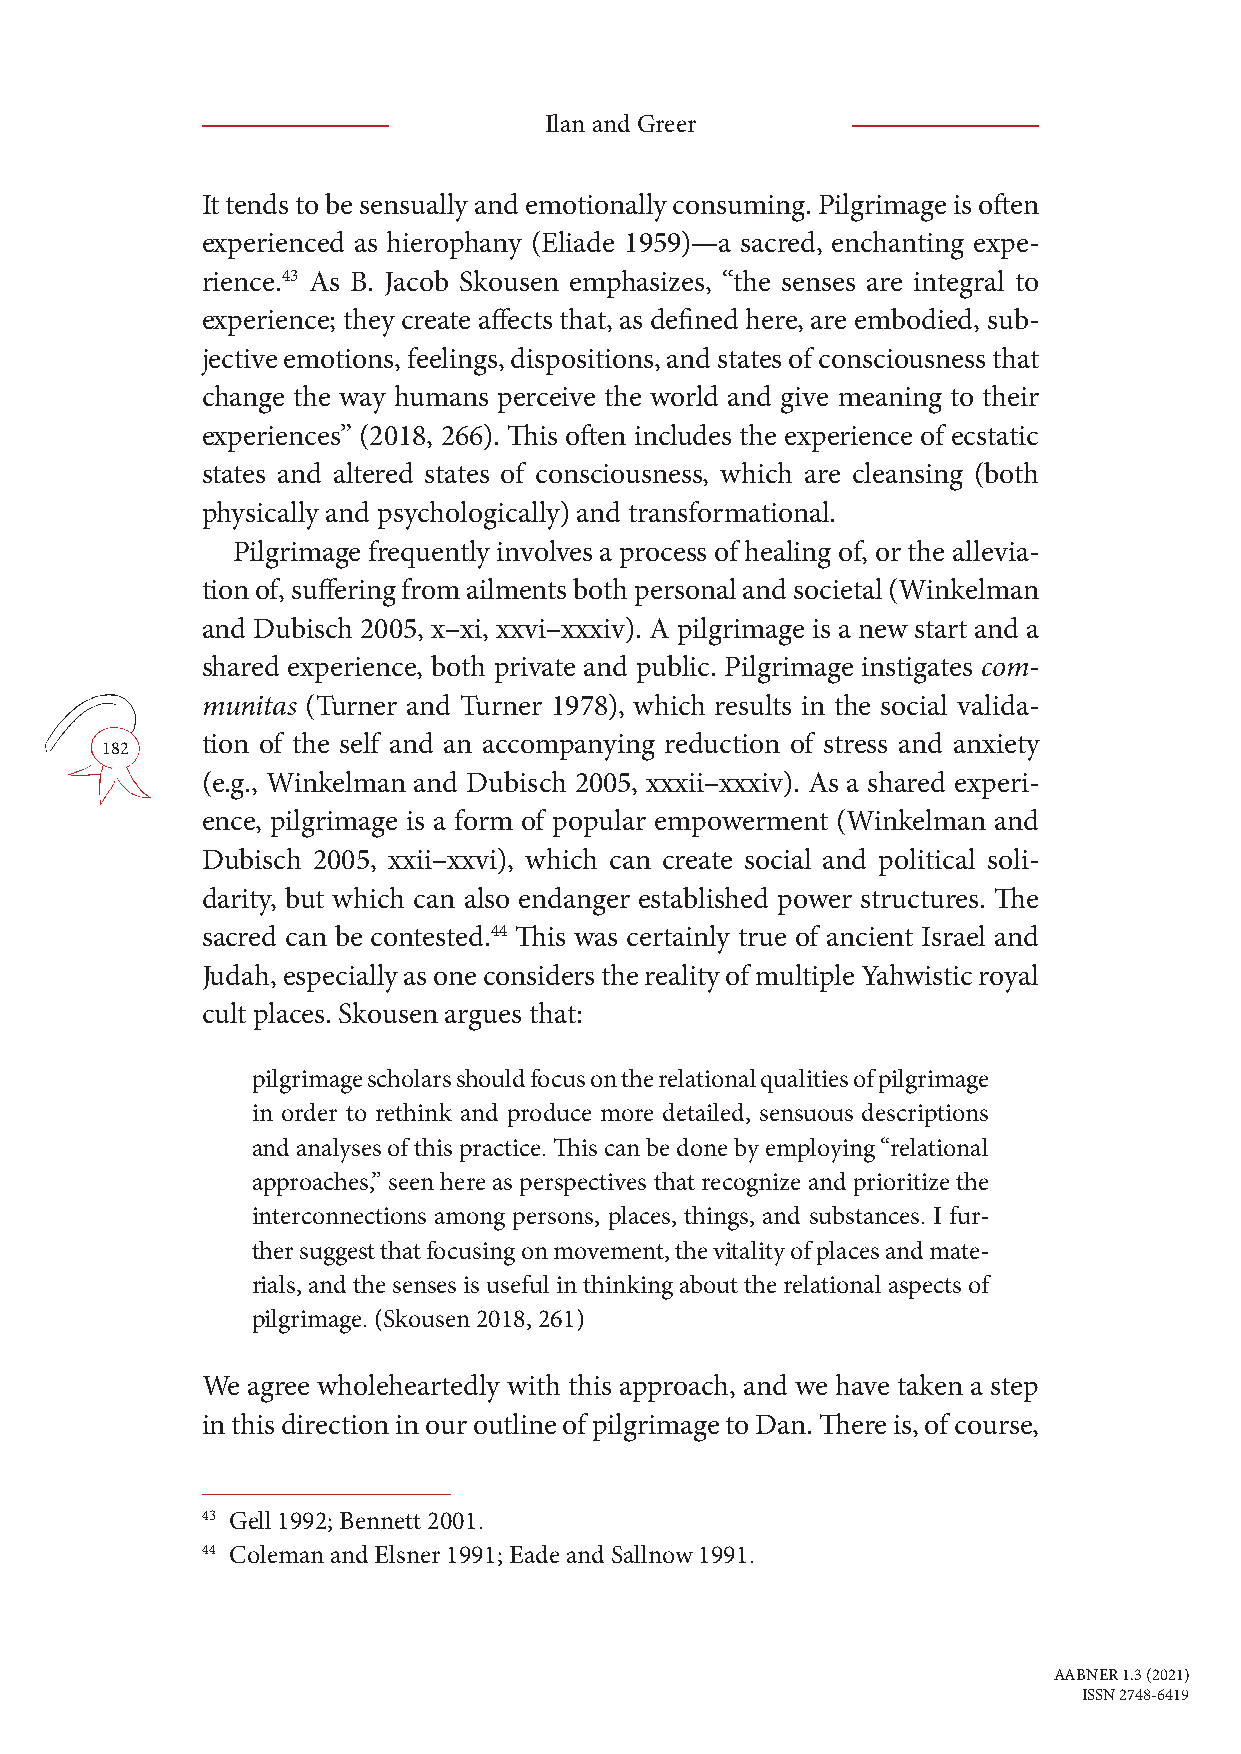
Ilan and Greer
 It tends to be sensually and emotionally consuming. Pilgrimage is often
 experienced as hierophany (Eliade 1959)—a sacred, enchanting expe-
 rience.43 As B. Jacob Skousen emphasizes, “the senses are integral to
 experience; they create affects that, as defined here, are embodied, sub-
 jective emotions, feelings, dispositions, and states of consciousness that
 change the way humans perceive the world and give meaning to their
 experiences” (2018, 266). This often includes the experience of ecstatic
 states and altered states of consciousness, which are cleansing (both
 physically and psychologically) and transformational.
 Pilgrimage frequently involves a process of healing of, or the allevia-
 tion of, suffering from ailments both personal and societal (Winkelman
 and Dubisch 2005, x–xi, xxvi–xxxiv). A pilgrimage is a new start and a
 shared experience, both private and public. Pilgrimage instigates com-
 munitas (Turner and Turner 1978), which results in the social valida-
 tion of the self and an accompanying reduction of stress and anxiety
 182
 (e.g., Winkelman and Dubisch 2005, xxxii–xxxiv). As a shared experi-
 ence, pilgrimage is a form of popular empowerment (Winkelman and
 Dubisch 2005, xxii–xxvi), which can create social and political soli-
 darity, but which can also endanger established power structures. The
 sacred can be contested.44 This was certainly true of ancient Israel and
 Judah, especially as one considers the reality of multiple Yahwistic royal
 cult places. Skousen argues that:
 pilgrimage scholars should focus on the relational qualities of pilgrimage
 in order to rethink and produce more detailed, sensuous descriptions
 and analyses of this practice. This can be done by employing “relational
 approaches,” seen here as perspectives that recognize and prioritize the
 interconnections among persons, places, things, and substances. I fur-
 ther suggest that focusing on movement, the vitality of places and mate-
 rials, and the senses is useful in thinking about the relational aspects of
 pilgrimage. (Skousen 2018, 261)
 We agree wholeheartedly with this approach, and we have taken a step
 in this direction in our outline of pilgrimage to Dan. There is, of course,
 43 Gell 1992; Bennett 2001.
 44 Coleman and Elsner 1991; Eade and Sallnow 1991.
 AABNER 1.3 (2021)
 ISSN 2748-6419